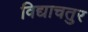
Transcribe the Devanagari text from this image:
विद्याचतुर